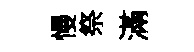
慢祭滿